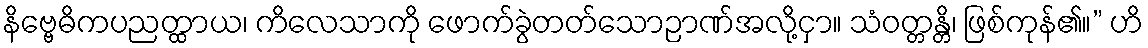
နိဗ္ဗေဓိကပညတ္ထာယ၊ ကိလေသာကို ဖောက်ခွဲတတ်သောဉာဏ်အလို့ငှာ။ သံဝတ္တန္တိ၊ ဖြစ်ကုန်၏။” ဟိ